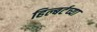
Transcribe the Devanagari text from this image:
हिल्बर्टच्या